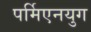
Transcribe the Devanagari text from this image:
पर्मिएनयुग